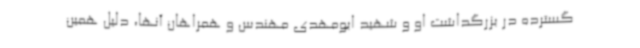
گسترده در بزرگداشت او و شهید ابومهدی مهندس و همراهان آنها، دلیل همین